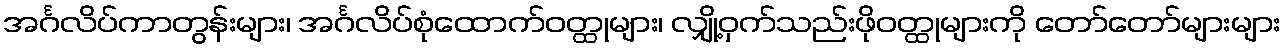
အင်္ဂလိပ်ကာတွန်းများ၊ အင်္ဂလိပ်စုံထောက်ဝတ္ထုများ၊ လျှို့ဝှက်သည်းဖိုဝတ္ထုများကို တော်တော်များများ